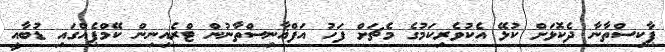
ޕާކިސްތާނާ ދެކޮޅަށް ކުޅޭ އެކުވެރިކަމުގެ މެޗަށް ފަހު އަފްޣާނިސްތާނުން ޓްރެއިނިން ކޭމްޕެއްގައި ޑުބާއީ